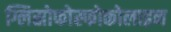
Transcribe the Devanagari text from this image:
ग्लिस्रोफोस्फोकोलाइन